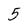
Character: 5